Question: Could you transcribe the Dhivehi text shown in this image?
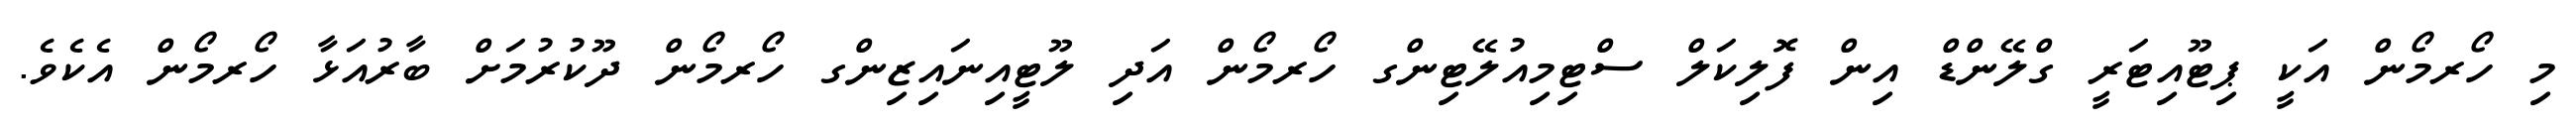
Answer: މި ހޯރމޯން އަކީ ޕިޓޫއިޓަރީ ގްލޭންޑް އިން ފޮލިކަލް ސްޓިމިއުލޭޓިންގ ހޯރމޯން އަދި ލޫޓީއިނައިޒިންގ ހޯރމޯން ދޫކުރުމަށް ބާރުއަޅާ ހޯރމޯން އެކެވެ.